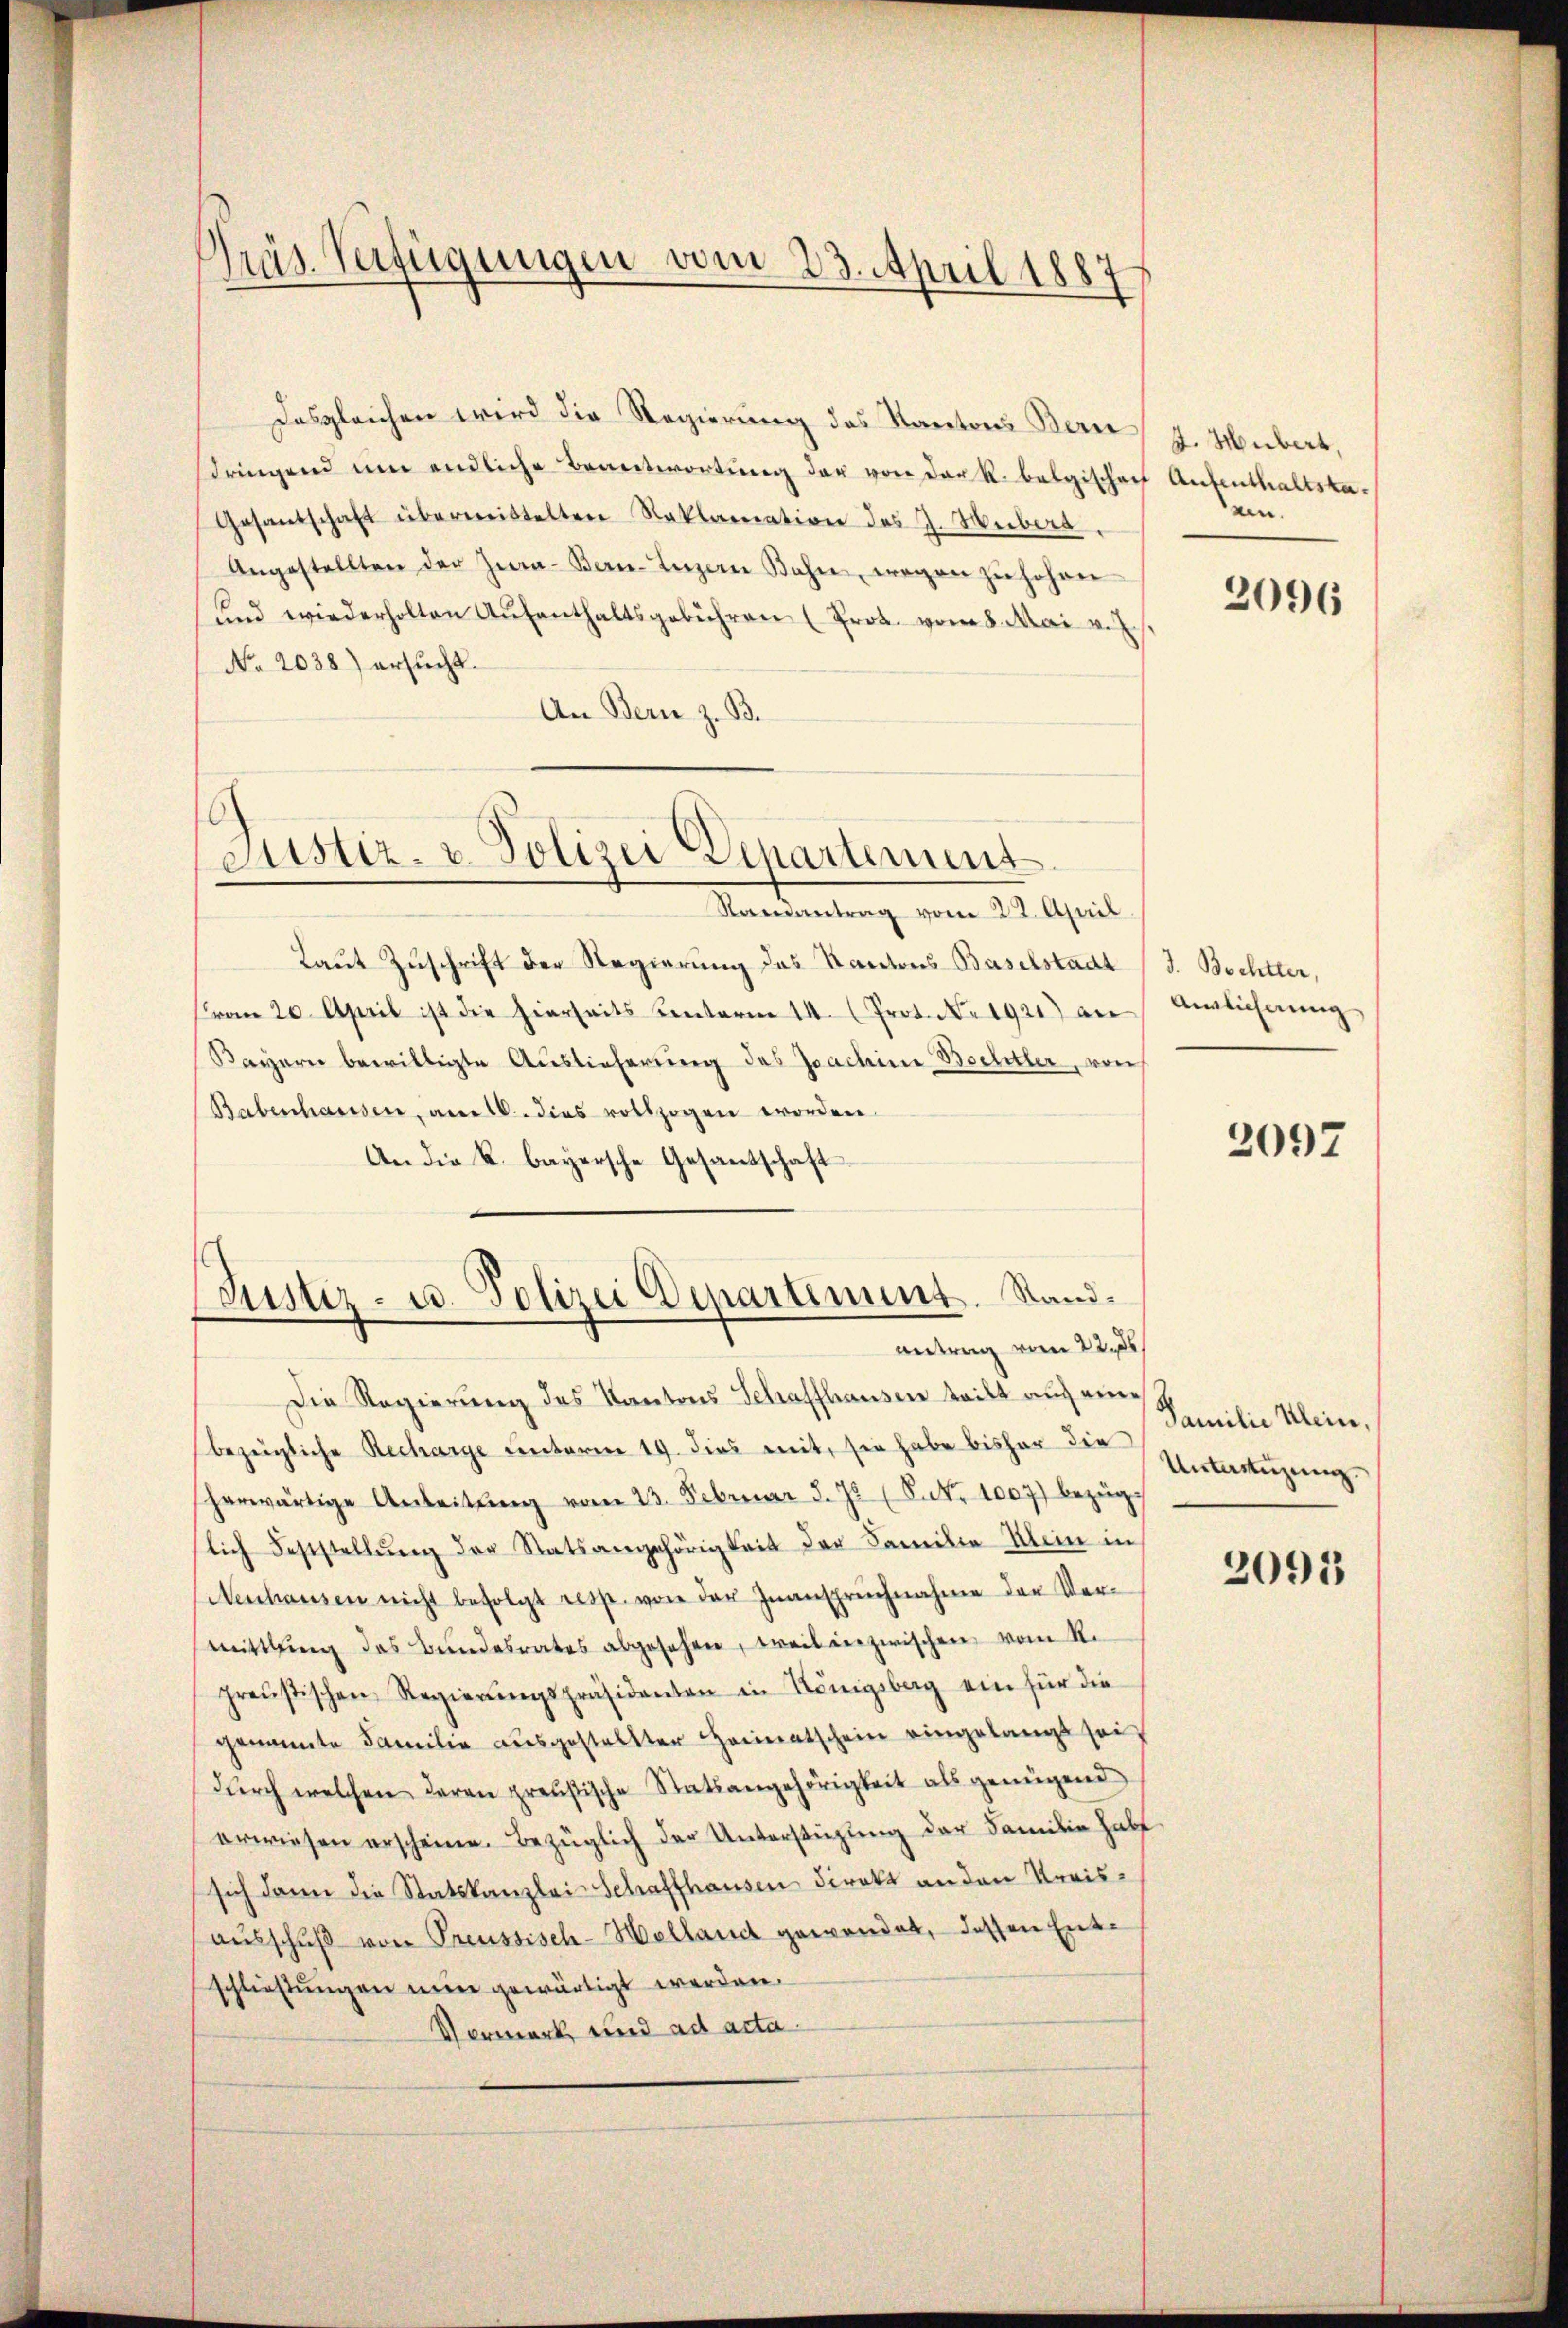
Präs. Verfügungen vom 23. April 1887

Desgleichen wird die Regierung des Kantons Bern
sdringend um endliche Beantwortŭng der von der K. belgischef Aufenthaltsta¬
Gesandschaft übermittelten Reklamation des J. Webers
Angestellten der Zwa-Bern-Luzern Bahre, wegen zŭ hohen
und wiederholten Aŭfenthaltsgebühren (Prot. vom 8. Mai v. J.
No. 2038.) ersucht.
An Bern z. B.

6
Justiz- u. Polizei Departement

Justiz- u. Polizei Departiment. Standantrag vom 22. ds.

Randantrag vom 22. April
Laut Zuschrift der Regierung des Kantons Baselstadt
Cran 20. April ist die hierseits Centerm 14. (Prot. No. 1921) an
Bayern bewilligte Auslieferung des Joachine Bochtler, von
Babenhausen, am 16. dies vollzogen worden.
An die k. bayersche Gesantschaft

J. Hubert,
nen.

Die Regierung des Kantons Schaffhausen teilt auf eine
bezügliche Recharge unterm 19. dies mit, sie habe bisher die
herwärtige Anleitŭng vom 23. Februar d. Js. (S. Nr. 1007) bezüglich Feststellŭng der Statsangehörigkeit der Familie Klein in
Neuhausen nicht befolgt resp. von der Inanspruchnahme der Vermittlung des Bŭndesrates abgesehen, weil inzwischen vom Re
preußischen Regierŭngspräsidenten in Königsberg ein für die
genannte Familie ausgestellter Heimatschein eingelangt sei
dŭrch welchen deren preußische Statsangehörigkeit als genügend
erwiesen erscheine. Bezüglich der Unterstüzung der Familie habe
sich dann die Statskanzlei Schaffhausen direkt an den Kreisaŭsschŭβ von Preussisch-Holland gewendet, dessen Entschließungen nun gewärtigt werden.
Vormerk und ad acta

2096

J. Bochtter,
Anglicherung

2097

Familie Klein,
Untertigung.

2093